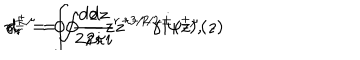
\gamma _ { r } ^ { \pm } = \oint \frac { d z } { 2 \pi i } z ^ { r - 3 / 2 } \gamma ^ { \pm } ( z ) , \hspace { 1 c m } d _ { r } ^ { \pm \mu } = \oint \frac { d z } { 2 \pi i } z ^ { r - 1 / 2 } i \psi ^ { \pm \mu } ( z )